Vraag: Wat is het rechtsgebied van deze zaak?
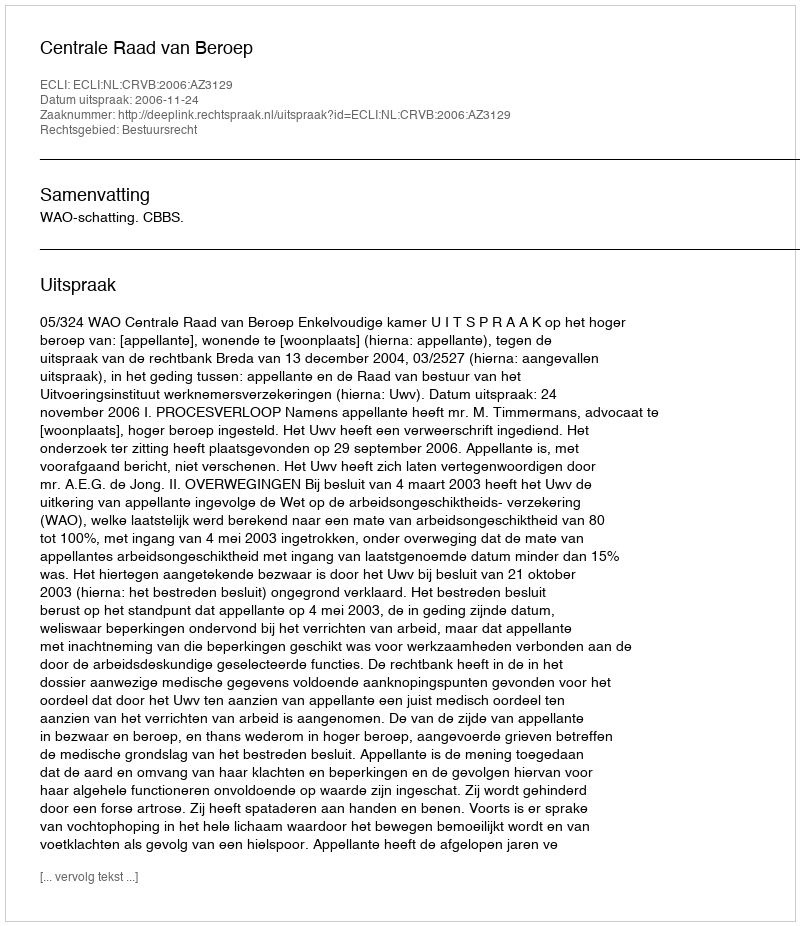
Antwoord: Bestuursrecht